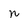
Character: n